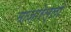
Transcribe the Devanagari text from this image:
माज़ारेल्लो